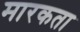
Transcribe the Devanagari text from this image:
मारकता